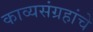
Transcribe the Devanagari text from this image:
काव्यसंग्रहांचे